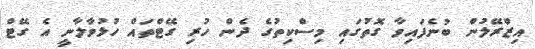
އިޒްރޭލުން ބުނެފައިވާ ގޮތުގައި މިސްކިތުގެ ދެން ހުރި ގޭޓްތައް ހުޅުވާލާނީ އެ ގޭޓް